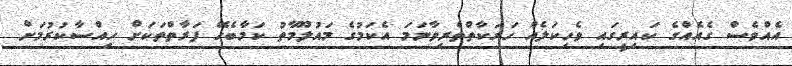
އެއްވެސް ގެއެއްގެ ކައިރީގައި ވެހިކަލެއް ހަރަކާތްތެރިވާނަމަ އެކަމުގެ މައުލޫމާތު ކަމާބެހޭ ފަރާތްތަކަށް ހިއްސާކުރުމަށް